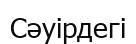
Сәуірдегі